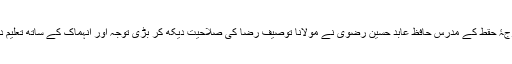
درجۂ حقط کے مدرس حافظ عابد حسین رضوی نے مولانا توصیف رضا کی صلاحیت دیکھ کر بڑی توجہ اور انہماک کے ساتھ تعلیم دی۔